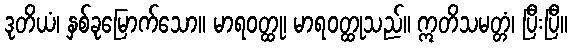
ဒုတိယံ၊ နှစ်ခုမြောက်သော။ မာရဝတ္ထု၊ မာရဝတ္ထုသည်။ ဣတိသမတ္တံ၊ ပြီးပြီ။